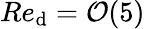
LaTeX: Re_{\mathrm{d}}=\mathcal{{O}}(5)